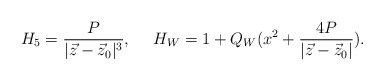
\begin{align*}H_{5}={{P}\over{|\vec{z}-\vec{z}_{0}|^{3}}},\ \ \ \ H_{W}=1+Q_{W}(x^{2}+{{4P}\over {|\vec{z}-\vec{z}_{0}|}}).\end{align*}